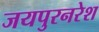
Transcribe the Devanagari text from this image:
जयपुरनरेश